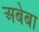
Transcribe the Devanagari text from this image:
अबेबा